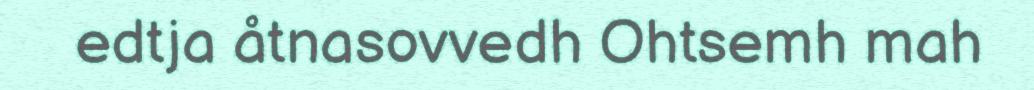
edtja åtnasovvedh Ohtsemh mah